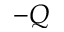
- Q